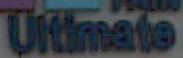
Ultimate